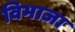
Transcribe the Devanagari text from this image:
विभाजा